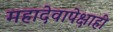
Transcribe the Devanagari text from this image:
महादेवापेक्षाही